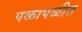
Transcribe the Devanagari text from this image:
पळापळीत